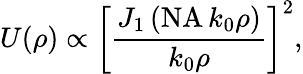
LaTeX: U(\rho)\propto\left[\frac{J_{1}\left(\mathrm{NA}\, k_{0}\rho\right)}{k_{0}\rho}\right]^{2},